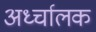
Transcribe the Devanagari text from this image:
अर्ध्चालक